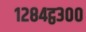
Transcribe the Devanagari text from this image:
१२८४ट्ठ३००